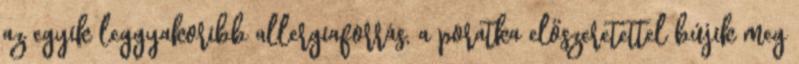
az egyik leggyakoribb allergiaforrás, a poratka előszeretettel bújik meg